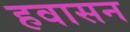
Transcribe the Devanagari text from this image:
हवासन